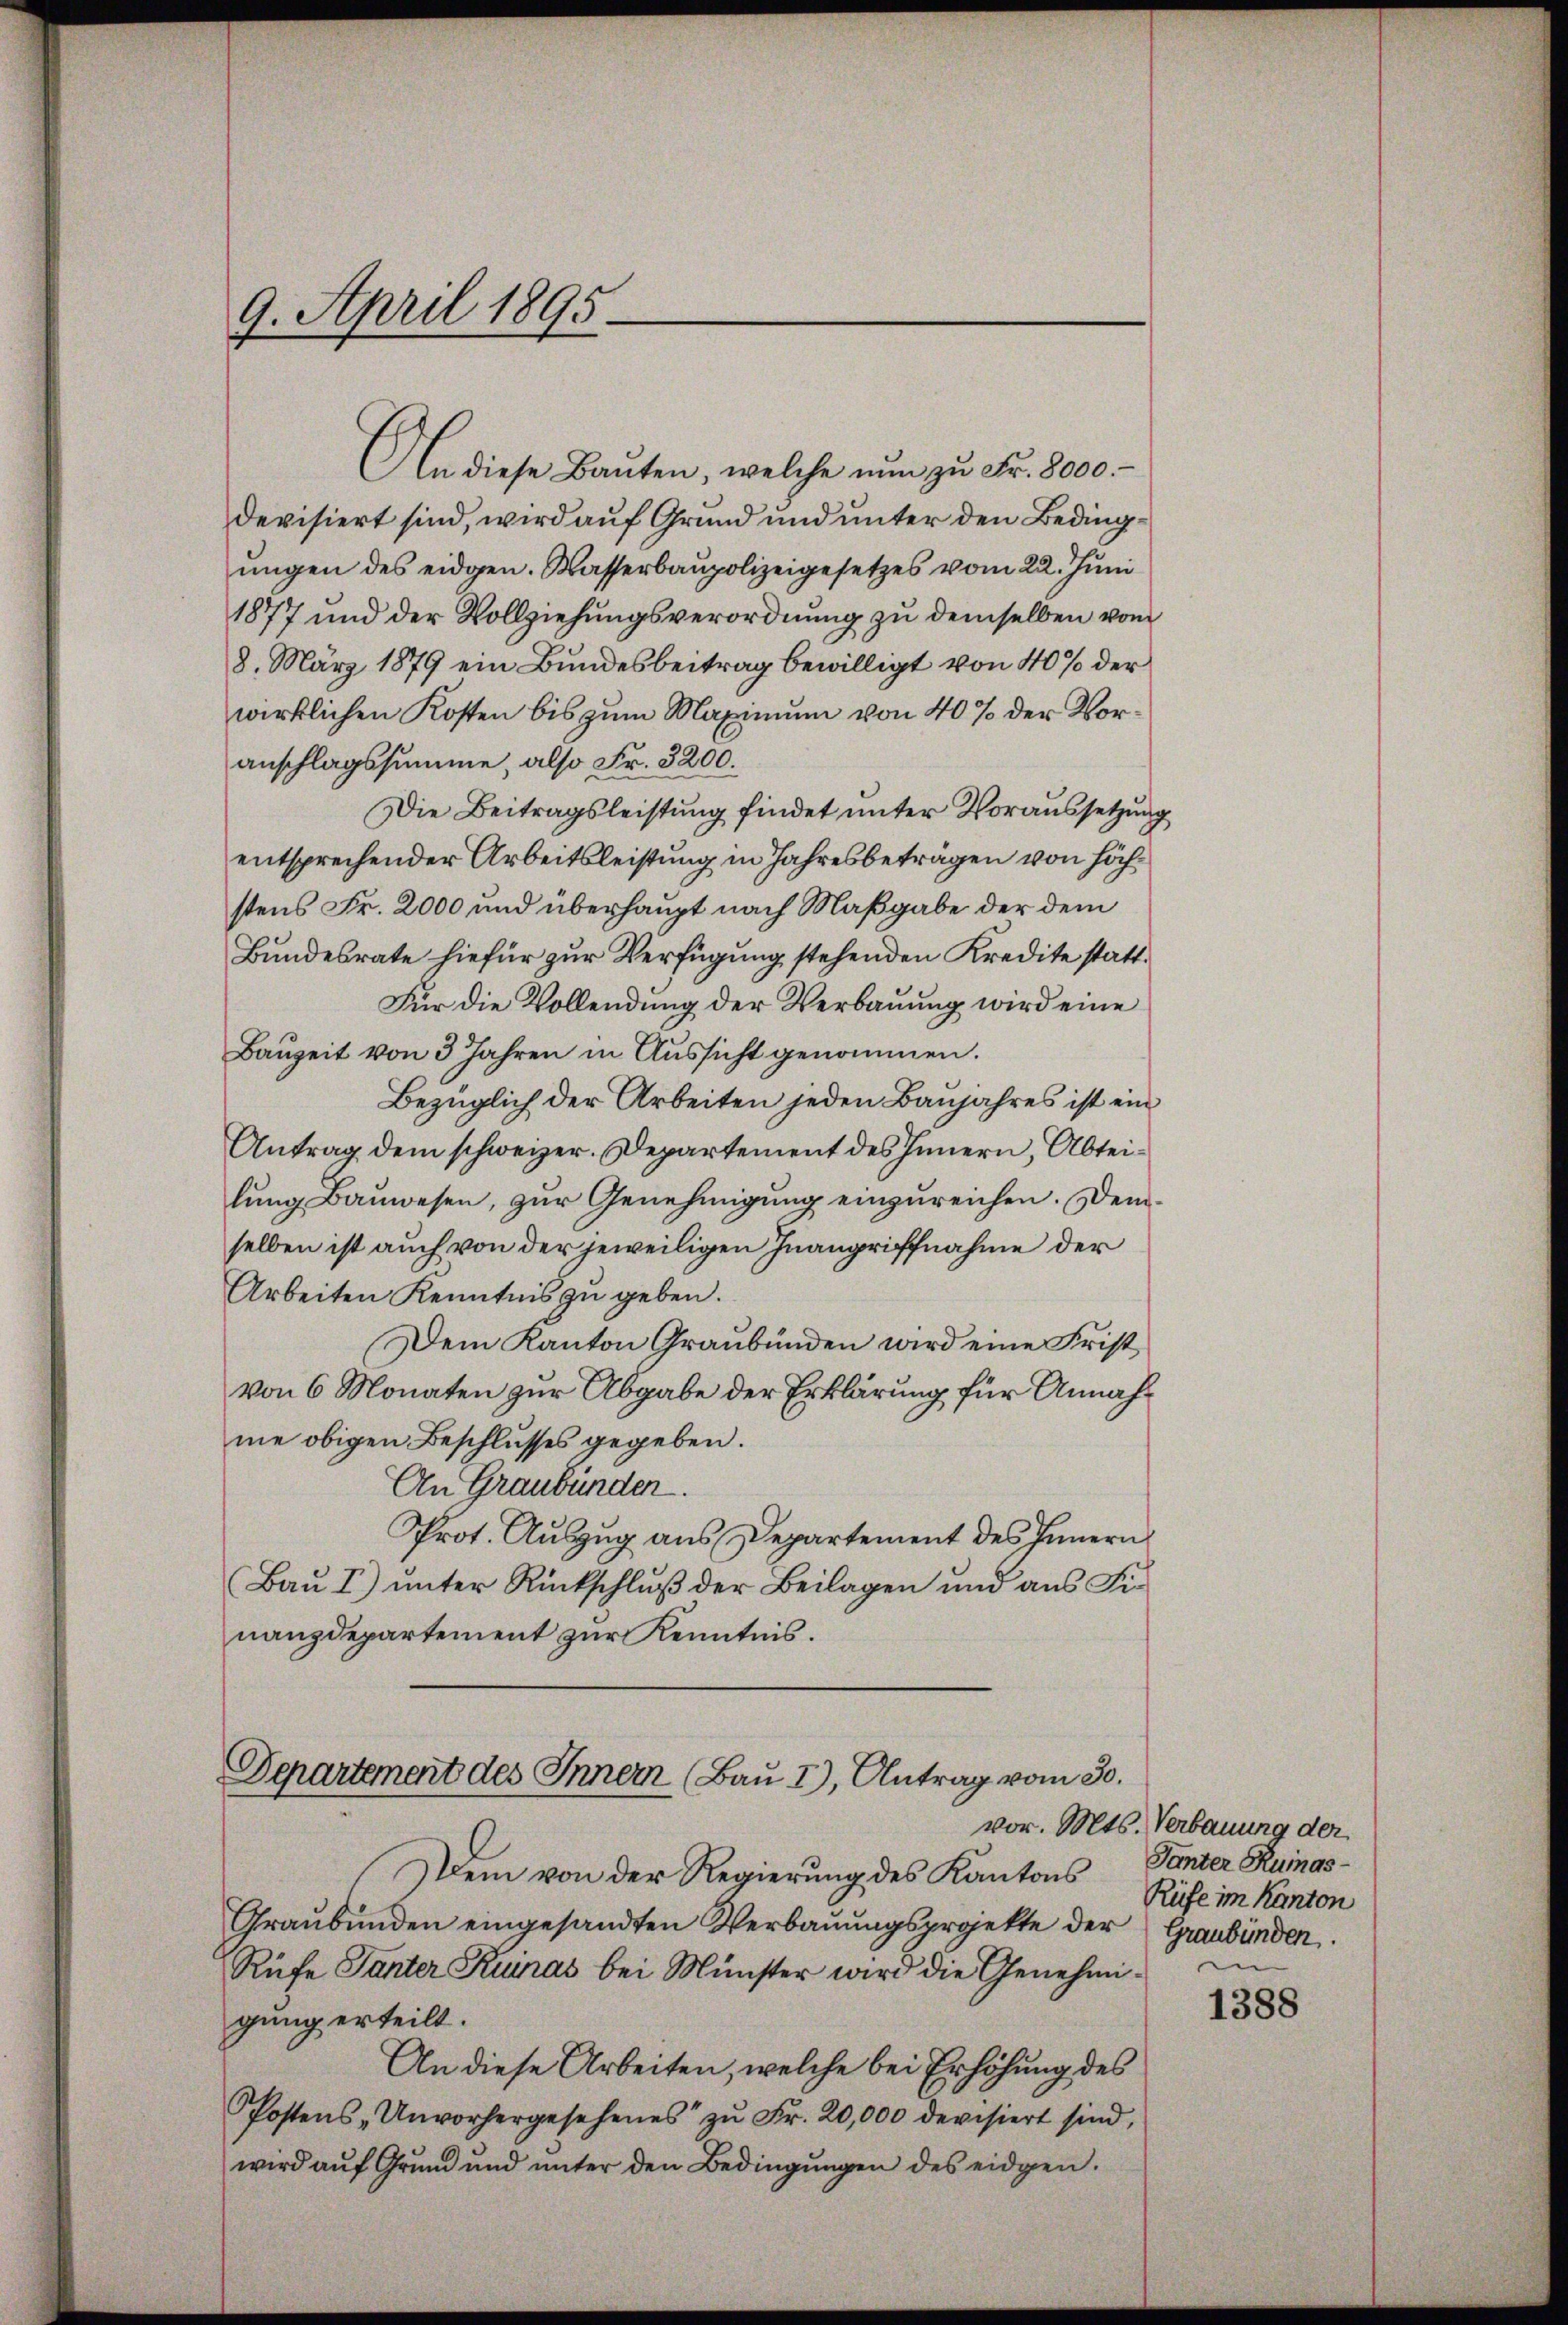
An diese Baŭten, welche nŭn zŭ Fr. 8000.
devisiert sind, wird auf Grund und unter den Bedingungen des eidgen. Wasserbaupolizeigesetzes vom 22. Juni
1877 und der Vollziehungsverordnung zu demselben vom
8. März 1879 ein Bundesbeitrag bewilligt von 40% der
wirklichen Kosten bis zum Maximum von 40% der Voranschlagssumme, also Fr. 3200.
Die Beitragsleistung findet unter Voraussetzung
entsprechender Arbeitsleistung in Jahresbeträgen von höchstens Fr. 2000 und überhaupt nach Maßgabe der dem
Bundesrate hiefür zur Verfügung stehenden Kredite statt¬
Für die Vollendung der Verbauung wird eine
Bauzeit von 3 Jahren in Aussicht genommen.
Bezüglich der Arbeiten jeden Baujahres ist ein
Antrag dem schweizer. Departement des Innern, Abteilung Bauwesen, zur Genehmigung einzureichen. Demselben ist auch von der jeweiligen Inangriffnahme der
Arbeiten Kenntnis zu geben.
Dem Kanton Graubünden wird eine Frist
von 6 Monaten zur Abgabe der Erklärung für Annahme obigen Beschlusses gegeben.
An Graubünden
Prot. Auszug aus Departement des Innern
Bau I) unter Rückschluß der Beilagen und aus Finanzdepartement zur Kenntnis.

9. April 1895.

Departement des Innern (Bau I), Antrag vom 30.

Dem von der Regierung des Kantons
Graŭbŭnden eingesandten Verbaŭŭngsprojekte der Graubünden.
Rüfe Tanter Kumas bei Münster wird die Genehmigung erteilt.
An diese Arbeiten, welche bei Erhöhung des
Postens-Unvorhergesehenes zŭ Fr. 20,000 devisiert sind,
wird aŭf Grŭnd und ŭnter den Bedingŭngen des eidgen.

vor. Mts. Verbauung der
Tanter Rumas-
Rüfe im Kanton
e

1388